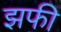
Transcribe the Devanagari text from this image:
झफी